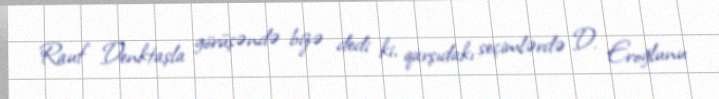
Rauf Denktaşla görüşəndə bizə dedi ki, qarşıdakı seçimlərdə D. Eroğlunu